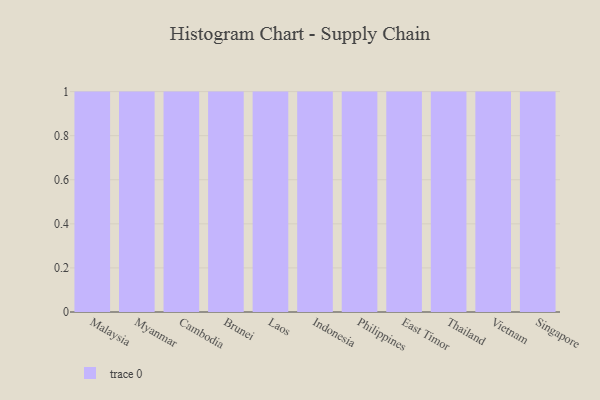
{"axis": {"x": "Country", "y": "Inventory Turnover"}, "legend": [""], "data": [{"x": "Malaysia", "y": 81, "type": ""}, {"x": "Myanmar", "y": 90, "type": ""}, {"x": "Cambodia", "y": 91, "type": ""}, {"x": "Brunei", "y": 50, "type": ""}, {"x": "Laos", "y": 75, "type": ""}, {"x": "Indonesia", "y": 79, "type": ""}, {"x": "Philippines", "y": 64, "type": ""}, {"x": "East Timor", "y": 30, "type": ""}, {"x": "Thailand", "y": 88, "type": ""}, {"x": "Vietnam", "y": 11, "type": ""}, {"x": "Singapore", "y": 54, "type": ""}]}